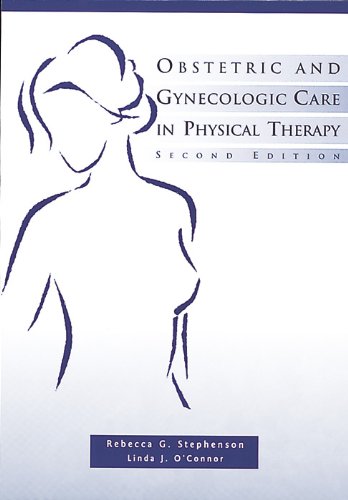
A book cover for Obstetric and Gynecologic Care in Physical Therapy; Rebecca G. Stephenson; Health, Fitness & Dieting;